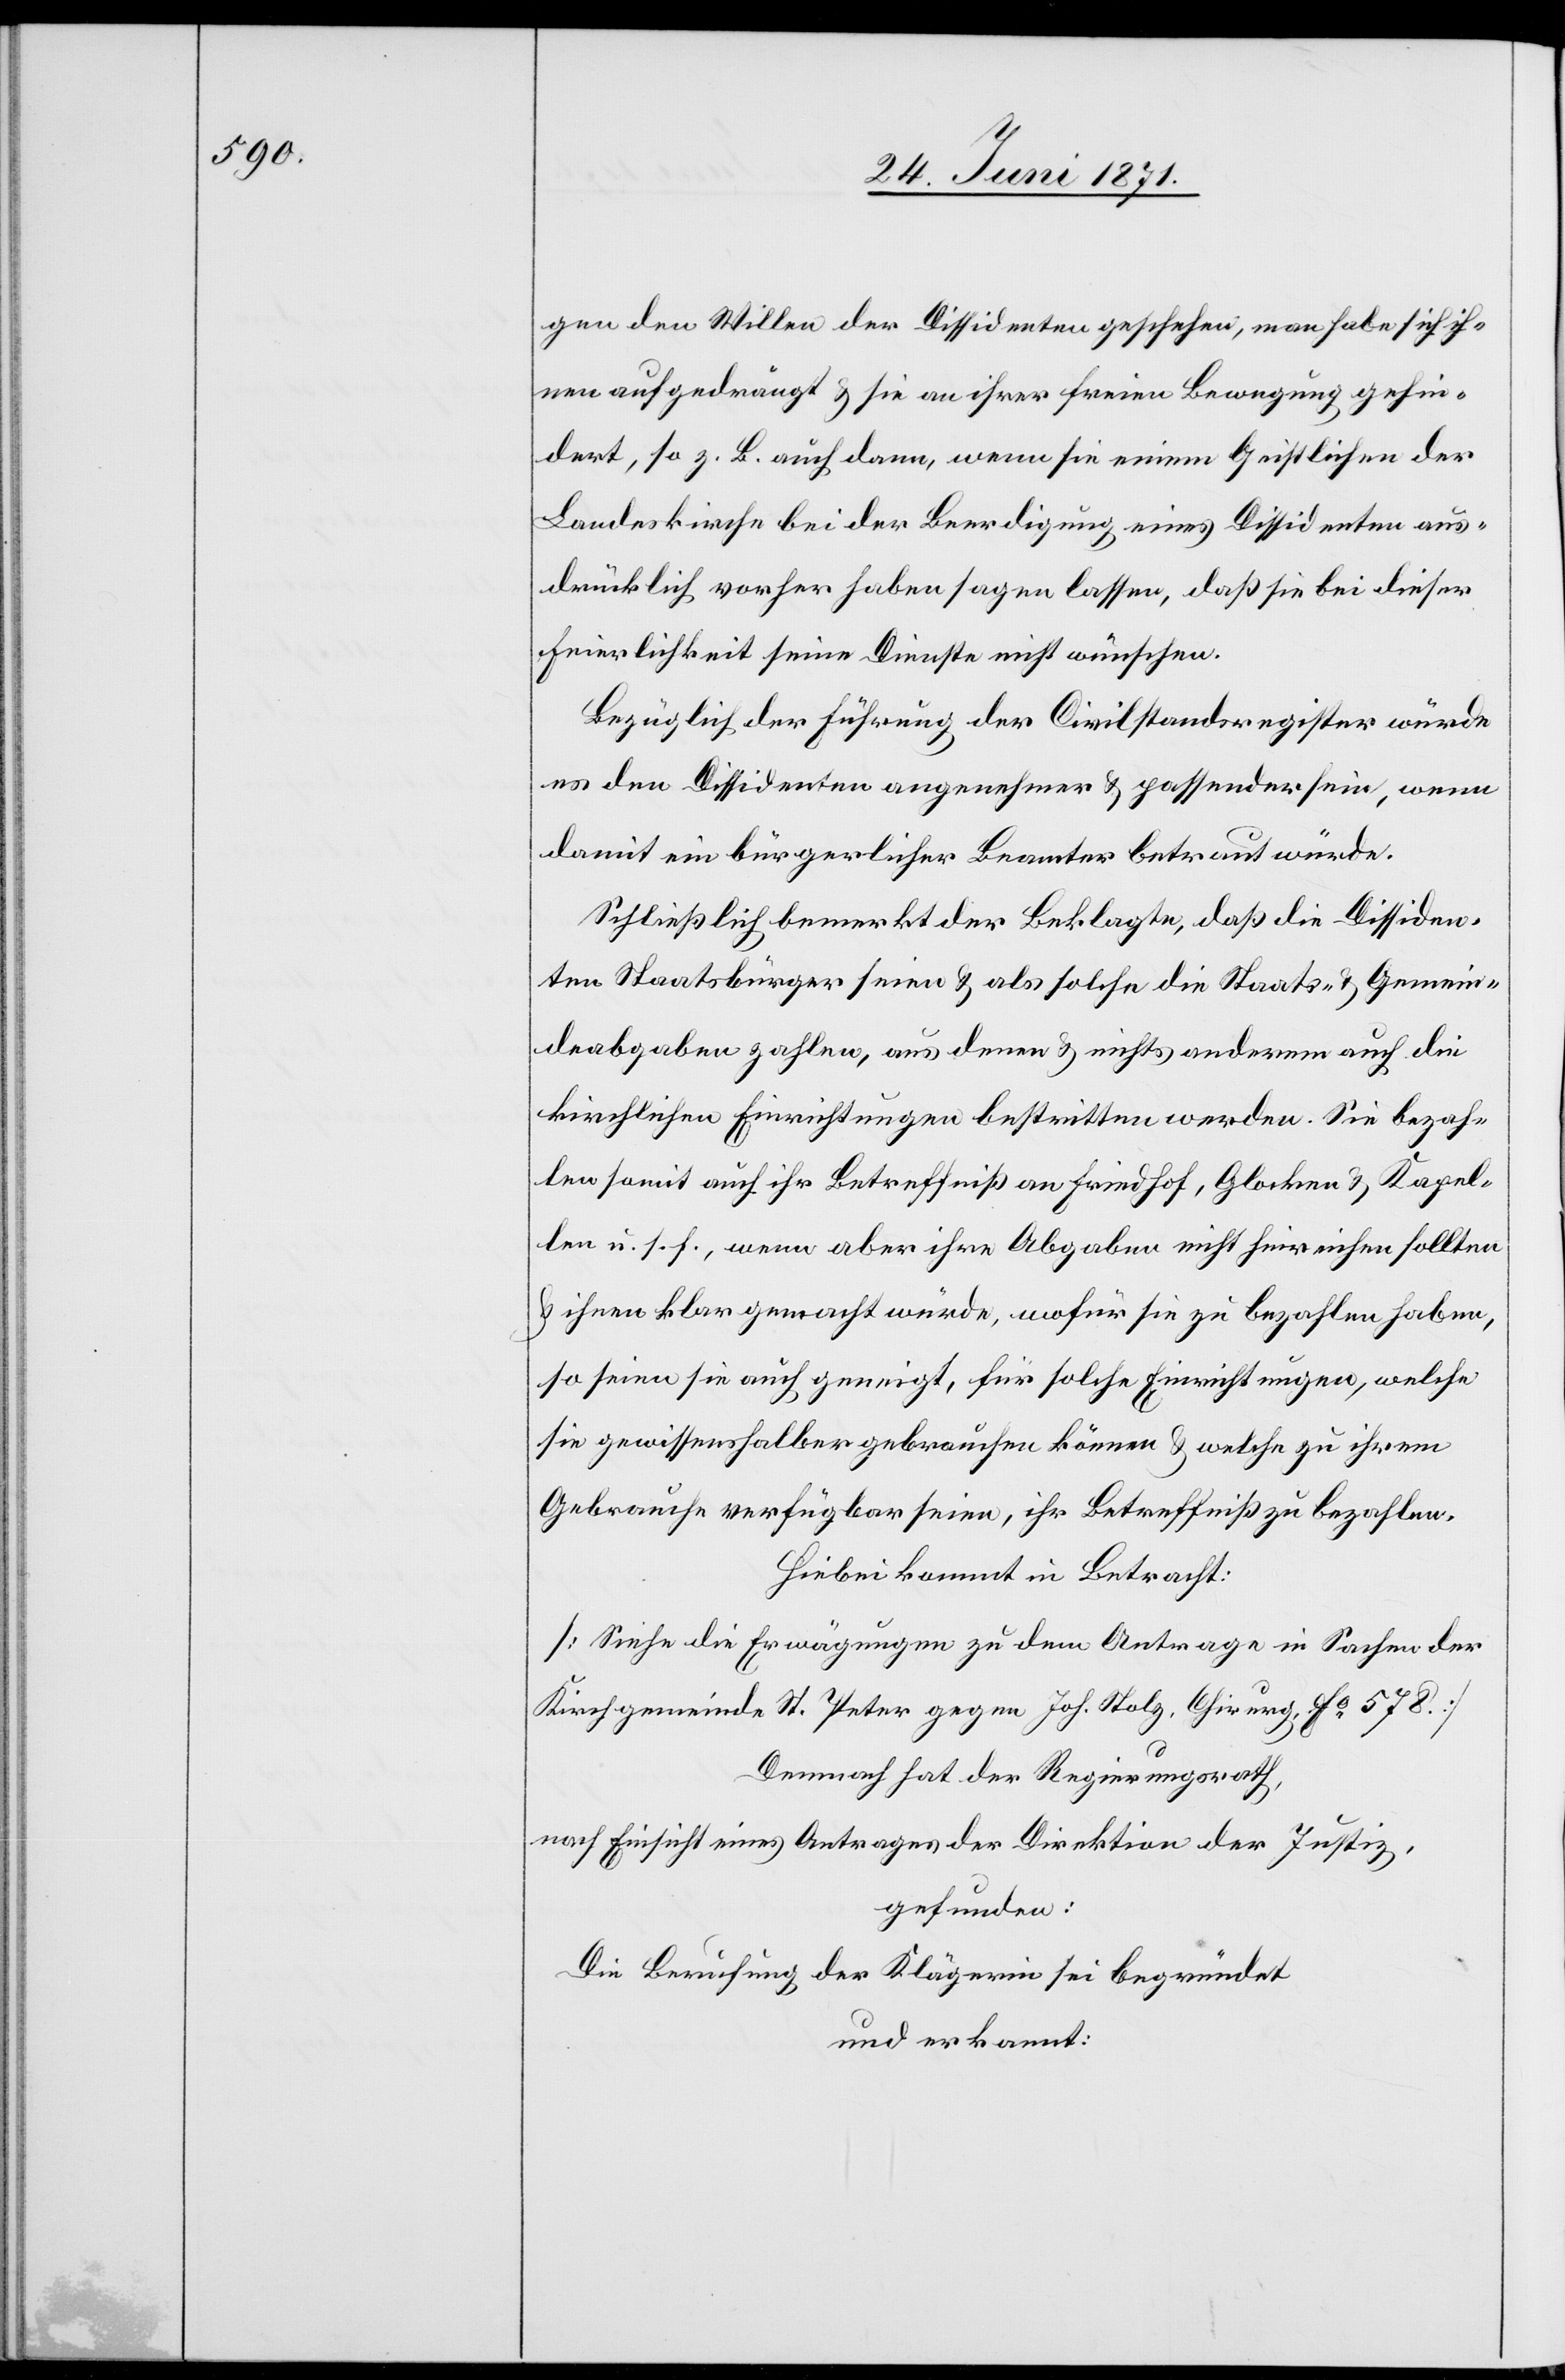
gen den Willen der Dissidenten geschehen, man habe sich ih¬
nen aufgedrängt u. sie an ihrer freien Bewegung gehin¬
dert, so z. B. auch dann, wenn sie einem Geistlichen der
Landeskirche bei der Beerdigung eines Dissidenten aus¬
drücklich vorher haben sagen lasse, daß sie bei dieser
Feierlichkeit seinen Dienst nicht wünschen.
Bezüglich der Führung der Civilstandsregister würde
es den Dissidenten angenehmer u. passender sein, wenn
damit ein bürgerlicher Beamter betraut würde.
Schließlich bemerkt der Beklagte, daß die Dissiden¬
ten Staatsbürger seien u. als solche die Staat- u. Gemein¬
deabgaben zahlen, aus denen u .nichts anderem auch die
kirchlichen Einrichtungen bestritten werden. Sie bezah¬
len somit auch ihr Betreffniß an Friedhof, Glocken u. Kapel¬
len u. s. f., wenn aber ihre Abgaben nicht hinreichen sollten
u. ihnen klar gemacht würde, wofür sie zu bezahlen haben,
so seien sie auch geneigt, für solche Einrichtungen, welche
sie gewissenshalber gebrauchen können u. welche zu ihrem
Gebrauche verfügbar seien, ihr Betreffniß zu bezahlen.
Hiebei kommt in Betracht:
[Siehe die Erwägungen zu dem Antrage in Sachen der
Kirchgemeinde St. Peter gegen Joh. Nolz, Chirurg, Fo 578.]
Demnach hat der Regierungsrath,
nach Einsicht eines Antrages der Direktion der Justiz,
gefunden:
Die Berufung der Klägerin sei begründet
und erkannt: